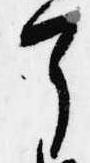
了